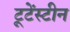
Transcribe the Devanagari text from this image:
टूटेंस्टीन